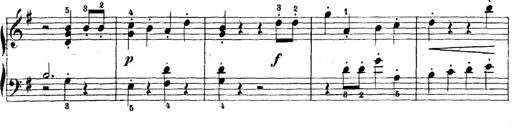
Title: 5 Sonatinas
Composer: Theodor Kirchner